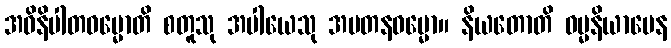
အဝိနိပါတဓမ္မောတိ စတူသု အပါယေသု အပတနဓမ္မော။ နိယတောတိ ဓမ္မနိယာမေန